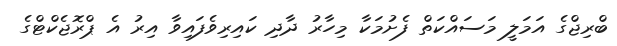
ބްރިޖްގެ އަމަލީ މަސައްކަތް ފެށުމަކާ މިހާރު ދާދި ކައިރިވެފައިވާ އިރު އެ ޕްރޮޖެކްޓްގެ